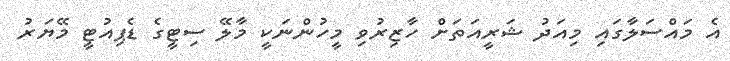
އެ މައްސަލާގައި މިއަދު ޝަރީއަތަށް ހާޒިރުވި މީހުންނަކީ މާލޭ ސިޓީގެ ޑެޕިއުޓީ މޭޔަރު